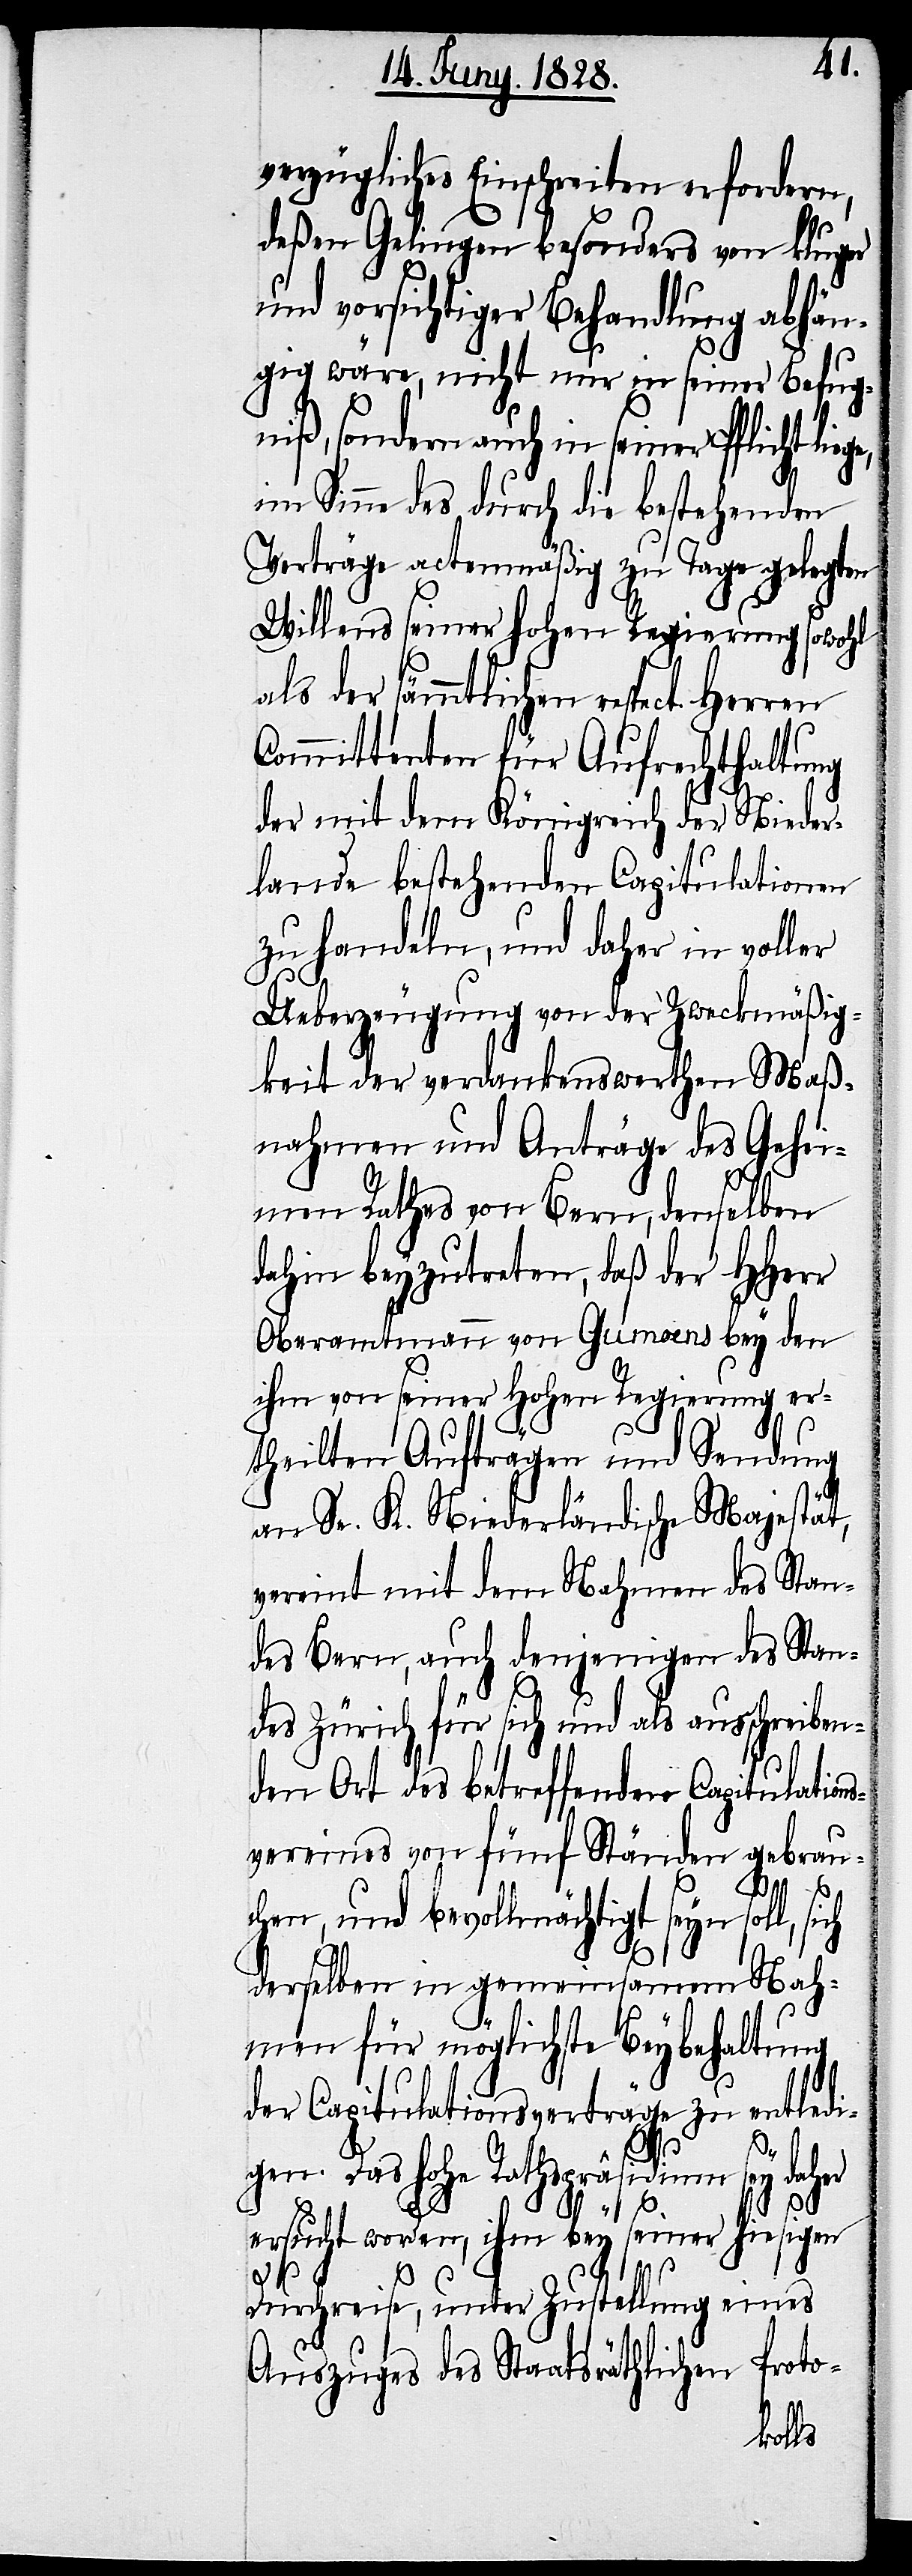
verzügliches Einschreiten erfordern,
deßen Gelingen besonders von kluger
und vorsichtiger Behandlung abhän¬
gig wäre, nicht nur in seiner Befug¬
niß, sondern auch in seiner Pflicht lie¬
im Sinne des durch die bestehenden
Verträge actenmäßig zu Tage gelegten
Willens seiner hohen Regierung sowohl
als der sämtlichen respect. Herren
Committenten für Aufrechthaltung
der mit dem Königreich der Nieder¬
lande bestehenden Capitulationen
zu handeln, und daher in voller
Ueberzeugung von der Zweckmäßig¬
keit der verdankenswerthen Maß¬
nahmen und Anträge des Gehei¬
men Rathes von Bern, denselben
dahin beyzutreten, daß der HHerr
Oberamtmann von Gumoens bey den
ihm von seiner Hohen Regierung er¬
theilten Aufträgen und Sendung
an Se. K. Niederländische Majestät,
vereint mit dem Nahmen des Stan¬
des Bern, auch denjenigen des Stan¬
des Zürich für sich und als ausschreiben¬
den Ort des betreffenden Capitulations¬
vereines von fünf Ständen gebrau¬
chen, und bevollmächtigt seyn soll, sich
derselben in gemeinsamem Nah¬
men für möglichste Beybehaltung
der Capitulationsverträge zu entledi¬
ge,
gen. Das hohe Rathspräsidium sey daher
ersucht worden, ihm bey seiner hiesigen
Durchreise, unter Zustellung eines
Auszuges des Staatsräthlichen
Proto-